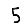
Digit: 5